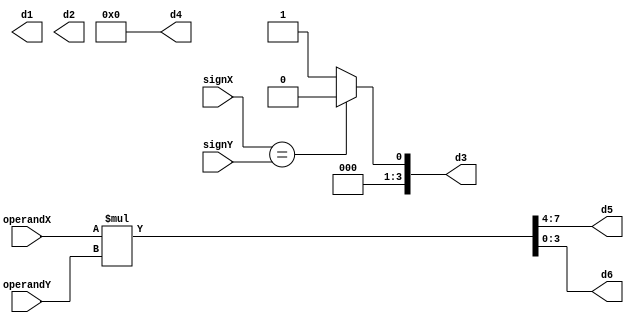
`timescale 1ns / 1ps
//////////////////////////////////////////////////////////////////////////////////
// Company: 
// Engineer: 
// 
// Design Name: 
// Module Name:    Operation3 
// Project Name: 
// Target Devices: 
// Tool versions: 
// Description: 
//
// Dependencies: 
//
// Revision: 
// Revision 0.01 - File Created
// Additional Comments: 
//
//////////////////////////////////////////////////////////////////////////////////
module Operation3(
    input signX,
	 input [3:0] operandX,
    input signY,
    input [3:0] operandY,
    output [3:0] d1,
    output [3:0] d2,
    output [3:0] d3,
    output [3:0] d4,
    output [3:0] d5,
    output [3:0] d6
    );
	 
	  wire [7:0] temp;
	  assign temp = operandX * operandY;
	  assign d3 = (signX == signY)? 4'b0000 : 4'b0001;
	  assign d4 = 4'b0000;
	  assign d5 = temp[7:4];	
	  assign d6 = temp[3:0];

endmodule